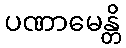
ပဏာမေန္တိ